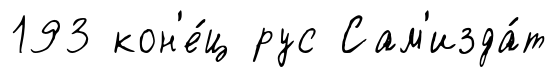
193 кон'е́ц рус Сам'изда́т